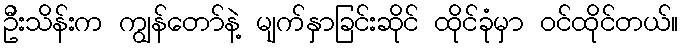
ဦးသိန်းက ကျွန်တော်နဲ့ မျက်နှာခြင်းဆိုင် ထိုင်ခုံမှာ ဝင်ထိုင်တယ်။